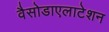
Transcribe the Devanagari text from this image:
वैसोडाएलाटेशन